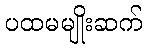
ပထမမျိုးဆက်